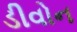
ડીવોન